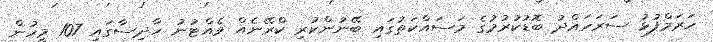
ހަރަމްފުޅު ސަރަހައްދު ބޮޑުކުރުމުގެ މަސައްކަތުގައި ބޭނުންކުރި ކްރޭނެއް ވެއްޓުނު ހާދިސާގައި 107 މީހުން